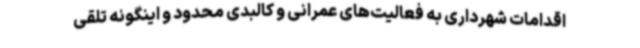
اقدامات شهرداری به فعالیت‌های عمرانی و کالبدی محدود و اینگونه تلقی